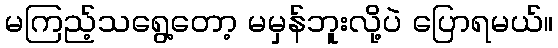
မကြည့်သရွေ့တော့ မမှန်ဘူးလို့ပဲ ပြောရမယ်။